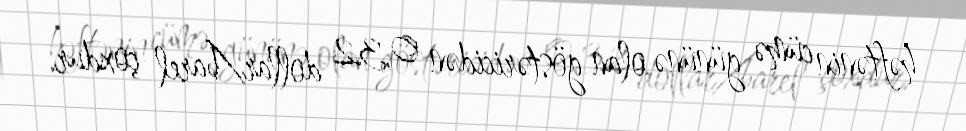
həftənin cümə gününə olan göstəricidən 0,32 dollar/barel çoxdur.